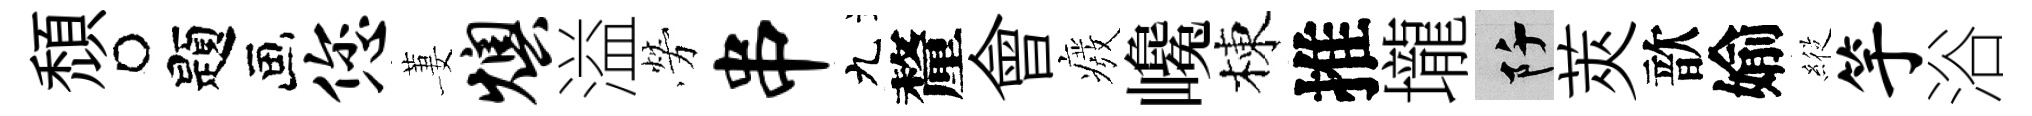
頹题您萋燠溢勞串九釐會癈巉棟推壠阡莢歆媮𦂵竽浴